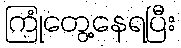
ကြုံတွေ့နေရပြီး